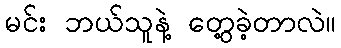
မင်း ဘယ်သူနဲ့ တွေ့ခဲ့တာလဲ။